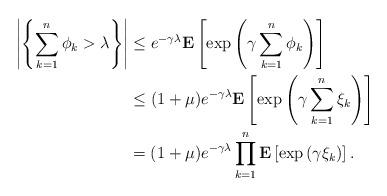
LaTeX: \begin{align*}\left|\left\{\sum_{k=1}^n\phi_k>\lambda\right\}\right|&\le e^{-\gamma \lambda}{\textbf E}\left[\exp\left(\gamma\sum_{k=1}^n\phi_k\right)\right]\\&\le (1+\mu)e^{-\gamma \lambda} {\textbf E}\left[\exp\left(\gamma\sum_{k=1}^n\xi_k\right)\right]\\&=(1+\mu)e^{-\gamma \lambda}\prod_{k=1}^n{\textbf E}\left[\exp\left(\gamma \xi_k\right)\right].\end{align*}